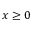
x \geq 0